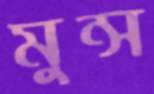
মুন্স